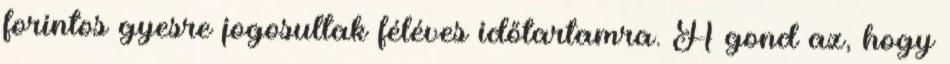
forintos gyesre jogosultak féléves időtartamra. A gond az, hogy